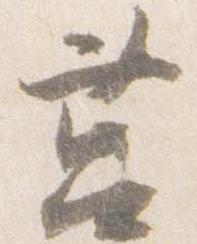
筥